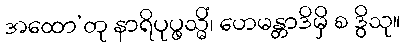
အထော’တု နာရိပုပ္ဖသ္မိံ၊ ဟေမန္တာဒိမှိ စ ဒွိသု။